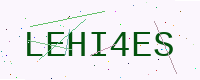
Text: LEHI4ES